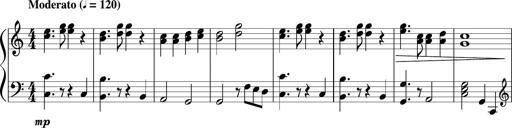
Title: Sonatine Nr.1 in C-Dur
Composer: DÃ©sirÃ©e Manns
Key: C major